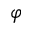
\varphi